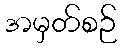
အမှတ်စဉ်